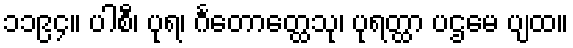
၁၁၉၄။ ပါစီ၊ ပုရ၊ င်္ဂတောတ္ထေသု၊ ပုရတ္ထာ ပဌမေ ပျထ။